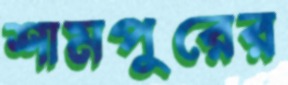
শামপুরের